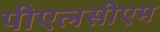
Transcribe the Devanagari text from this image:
पीएलसीएम